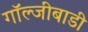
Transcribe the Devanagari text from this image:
गॉल्जीबाडी